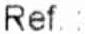
REF: